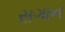
સગાન